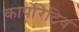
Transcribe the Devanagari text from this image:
कार्पोरेटिव